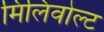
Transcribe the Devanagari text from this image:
मिलिवोल्ट